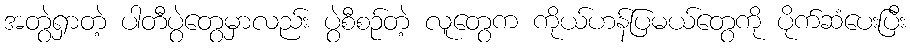
အတွဲရှာတဲ့ ပါတီပွဲတွေမှာလည်း ပွဲစီစဉ်တဲ့ လူတွေက ကိုယ်ဟန်ပြမယ်တွေကို ပိုက်ဆံပေးပြီး